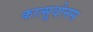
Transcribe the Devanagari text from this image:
कात्सूवोनस